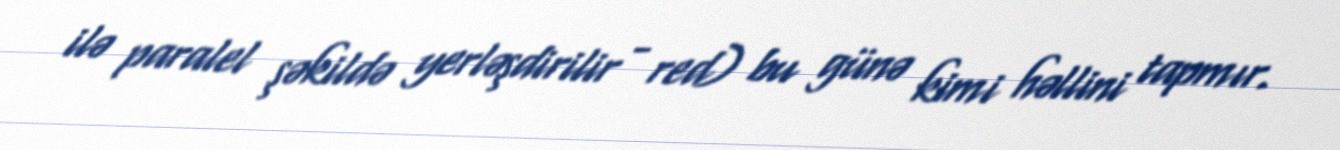
ilə paralel şəkildə yerləşdirilir - red) bu günə kimi həllini tapmır.